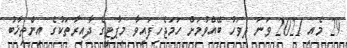
29 މެއި 2021 ވަނަ ދުވަހު ބޭއްވުމަށް ހަމަޖެހިފައިވާ މިޕާޓީގެ ދާއިރާތަކުގެ އިންތިޚާބު